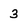
Character: 3